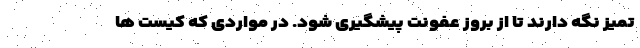
تمیز نگه دارند تا از بروز عفونت پیشگیری شود. در مواردی که کیست ها